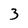
Character: 3